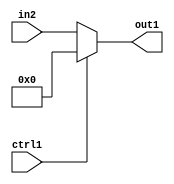
`timescale 1ps / 1ps
/*****************************************************************************
    Verilog RTL Description
    
    
    Created by: Stratus DpOpt 2019.1.01 
*******************************************************************************/

module feature_write_addr_gen_N_MuxB_320_2_10_1 (
	in2,
	ctrl1,
	out1
	); /* architecture "behavioural" */ 
input [319:0] in2;
input  ctrl1;
output [319:0] out1;
wire [319:0] asc001;

reg [319:0] asc001_tmp_0;
assign asc001 = asc001_tmp_0;
always @ (ctrl1 or in2) begin
	case (ctrl1)
		1'B1 : asc001_tmp_0 = 320'B00000000000000000000000000000000000000000000000000000000000000000000000000000000000000000000000000000000000000000000000000000000000000000000000000000000000000000000000000000000000000000000000000000000000000000000000000000000000000000000000000000000000000000000000000000000000000000000000000000000000000000000000000000000
    ;
		default : asc001_tmp_0 = in2 ;
	endcase
end

assign out1 = asc001;
endmodule

/* CADENCE  vLT4Qw8= : u9/ySgnWtBlWxVPRXgAZ4Og= ** DO NOT EDIT THIS LINE ******/